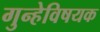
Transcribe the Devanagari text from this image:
गुन्हेविषयक